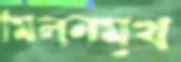
মিলনমুখ